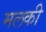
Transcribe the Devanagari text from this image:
मलकी